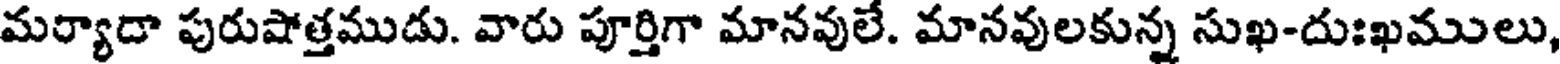
మర్యాదా పురుషోత్తముడు. వారు పూర్తిగా మానవులే. మానవులకున్న సుఖ-దుఃఖములు,